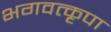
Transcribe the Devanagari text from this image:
भगवत्कृपा